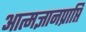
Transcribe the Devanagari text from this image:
आत्मज्ञानप्राप्ति